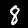
Label: 8